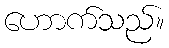
ဟောက်သည်။